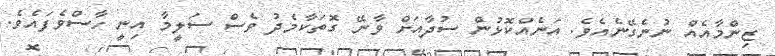
ޒިންމާއެއް ނުނެގޭނެއެވެ. އަނެއްކޮޅުން ސުދާއަށް ވާނޭ ގޮތަކާމެދު ވެސް ސަލީމާ އިނީ ހާސްވެފައެވެ.